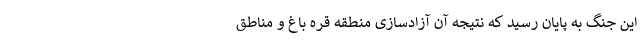
این جنگ به پایان رسید که نتیجه آن آزادسازی منطقه قره باغ و مناطق